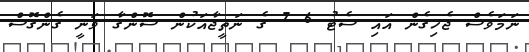
ނަމަވެސް ޖެހިގެން އައި ސެޓު 6-7 ގެ ނަތީޖާއަކުން ސޮންގާ ވަނީ ގެންގޮސް